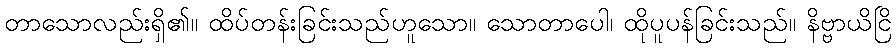
တာသောလည်းရှိ၏။ ထိပ်တန်းခြင်းသည်ဟူသော။ သောတာပေါ၊ ထိုပူပန်ခြင်းသည်။ နိဗ္ဗာယိငြိ